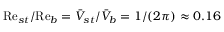
\mathrm { R e } _ { s t } / \mathrm { R e } _ { b } = \bar { V } _ { s t } / \bar { V } _ { b } = 1 / ( 2 \pi ) \approx 0 . 1 6